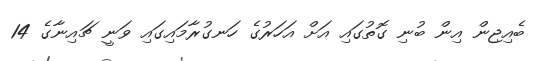
ބެއިޖިން އިން ބުނި ގޮތުގައި އަށް އަހަރުގެ ހަނގުރާމައިގައި ވަނީ ޗައިނާގެ 14